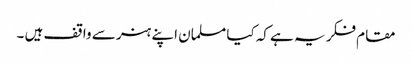
مقام فکر یہ ہے کہ کیا مسلمان اپنے ہنر سے واقف ہیں ۔